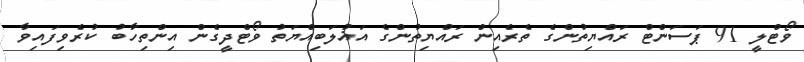
ވޯޓްލީ 91 ޕަސަންޓް ރައްޔިތުންގެ ތެރެއިން ރައްޔިތުންގެ އަޣުލަބިއްޔަތު ވޯޓްދީގެން އިންތިހާބު ކުރެވިފައިވާ